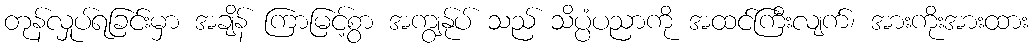
တုန်လှုပ်ရခြင်းမှာ အချိန် ကြာမြင့်စွာ အကျွန်ုပ် သည် သိပ္ပံပညာကို အထင်ကြီးလျက်၊ အားကိုးအားထား